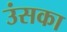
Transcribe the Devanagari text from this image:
उंसका